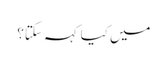
میں کیا کہہ سکتا؟